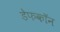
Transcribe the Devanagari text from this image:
डेफकॉन